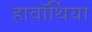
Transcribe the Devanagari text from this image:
हावॉर्थिया